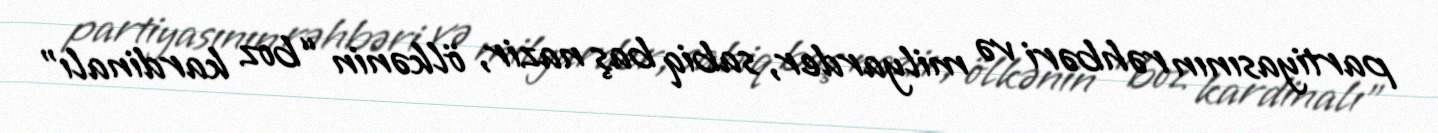
partiyasının rəhbəri və milyarder, sabiq baş nazir, ölkənin “boz kardinalı”